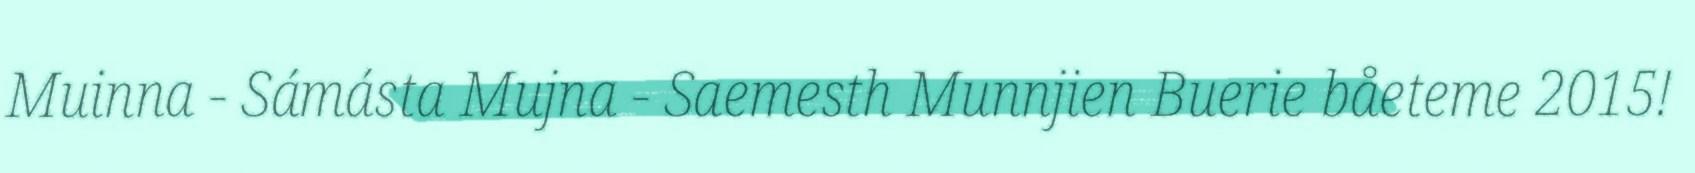
Muinna - Sámásta Mujna - Saemesth Munnjien Buerie båeteme 2015!